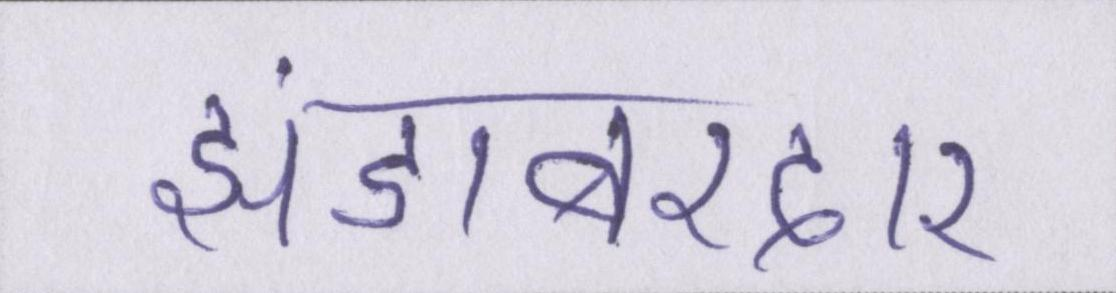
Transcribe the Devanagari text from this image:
झंडाबरदार